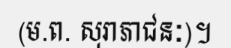
(ម.ព. សុរាភាជនៈ)។